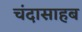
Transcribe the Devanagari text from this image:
चंदासाहब